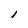
Character: 1